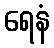
ရေနံ